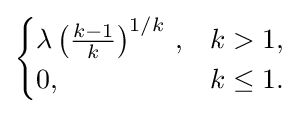
{\begin{cases}\lambda \left({\frac {k-1}{k}}\right)^{1/k}\,,&k>1,\\0,&k\leq 1.\end{cases}}